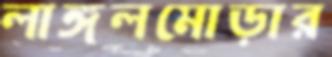
লাঙ্গলমোড়ার